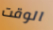
الوقت